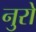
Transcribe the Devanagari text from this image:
नुरो